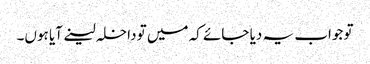
تو جواب یہ دیا جائے کہ میں تو داخلہ لینے آیا ہوں۔